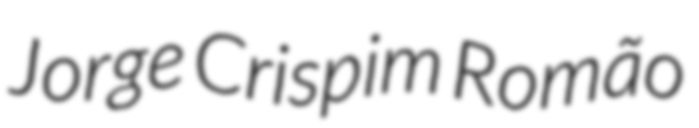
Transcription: Jorge Crispim Romão